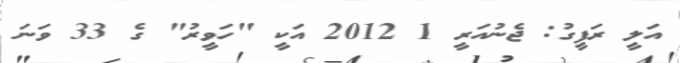
އަލީ ރަފީގު: ޖެނުއަރީ 1 2012 އަކީ "ހަވީރު" ގެ 33 ވަނަ